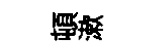
頓漱